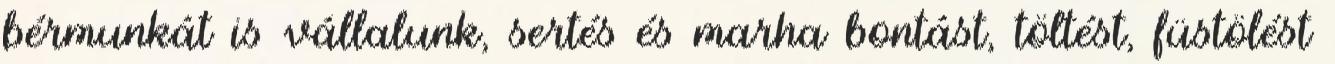
bérmunkát is vállalunk, sertés és marha bontást, töltést, füstölést